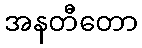
အနတီတော